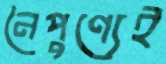
নৈপুণ্যেই